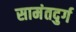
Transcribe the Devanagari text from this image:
सामंतदुर्ग